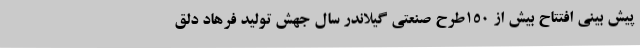
پیش بینی افتتاح بیش از 150طرح صنعتی گیلاندر سال جهش تولید فرهاد دلق